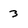
Character: 3